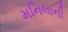
મનિલાની